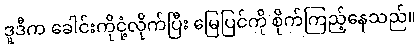
ဒူဒီက ခေါင်းကိုငုံ့လိုက်ပြီး မြေပြင်ကို စိုက်ကြည့်နေသည်။